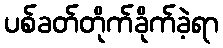
ပစ်ခတ်တိုက်ခိုက်ခဲ့ရာ